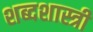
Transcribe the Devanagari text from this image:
शब्दशास्त्री